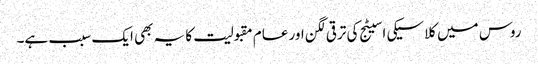
روس میں کلاسیکی اسیٹج کی ترقی لگن اور عام مقبولیت کا یہ بھی ایک سبب ہے۔